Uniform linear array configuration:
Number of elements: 32
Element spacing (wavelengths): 1
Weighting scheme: binomial
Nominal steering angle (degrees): -15
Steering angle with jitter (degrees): -15.742
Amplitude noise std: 0.05
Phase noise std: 0.05

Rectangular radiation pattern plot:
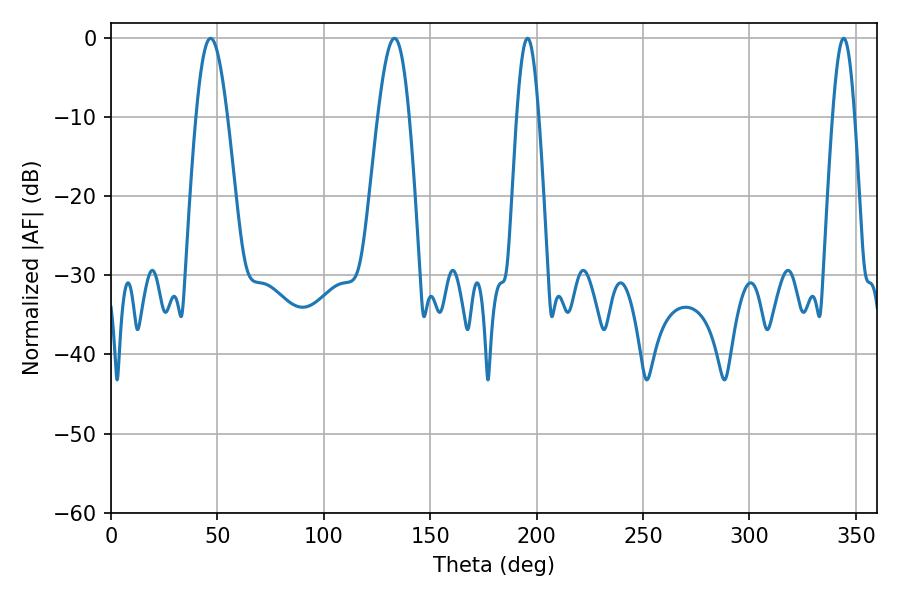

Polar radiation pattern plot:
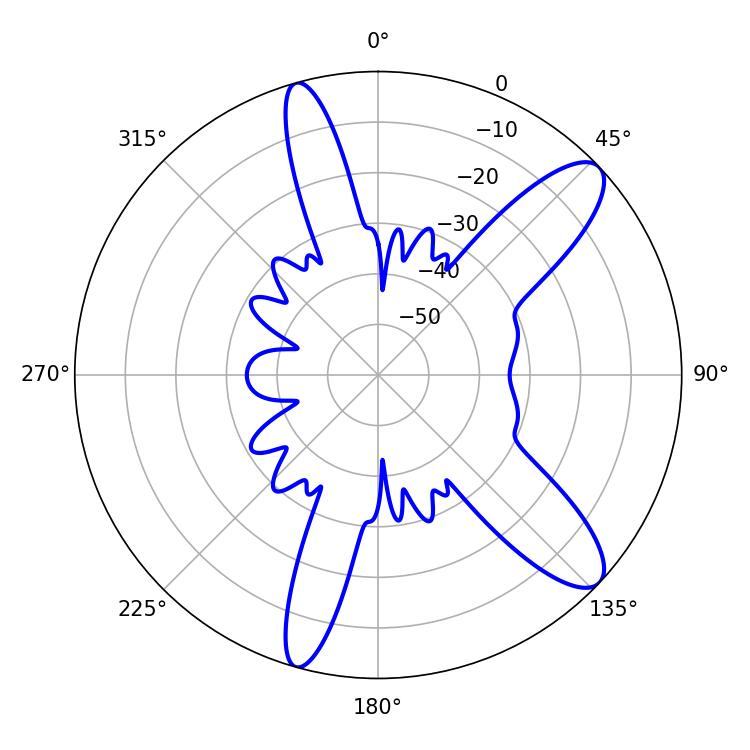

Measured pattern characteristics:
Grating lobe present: TRUE
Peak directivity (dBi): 10.872
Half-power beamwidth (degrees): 7.92
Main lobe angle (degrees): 46.8